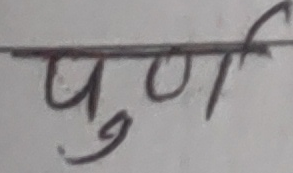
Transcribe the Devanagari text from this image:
पूर्ण